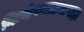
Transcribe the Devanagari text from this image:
निःशेषजाड्यापहा